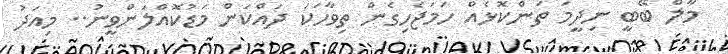
މާލް ބޭބީ ނިދީމަ ތަންކޮޅެއް ހަމަޖެހިގެން ތިވާހަކަ ދައްކަން މަޑުކޮއްލަންވީނު.. މިއަދު